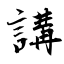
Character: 講